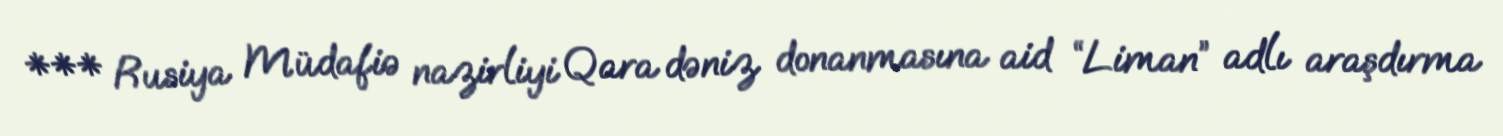
*** Rusiya Müdafiə nazirliyi Qara dəniz donanmasına aid “Liman” adlı araşdırma